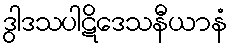
ဒွါဒသပါဋိဒေသနီယာနံ